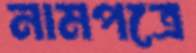
নামপত্রে